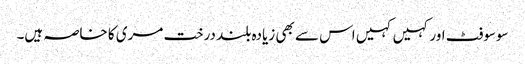
سوسوفٹ اور کہیں کہیں اس سے بھی زیادہ بلند درخت مری کا خاصہ ہیں۔